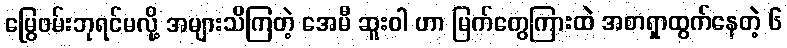
မြွေဖမ်းဘုရင်မလို့ အများသိကြတဲ့ အေမီ ဆူးဝါ ဟာ မြက်တွေကြားထဲ အစာရှာထွက်နေတဲ့ ၆